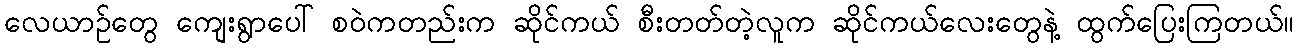
လေယာဉ်တွေ ကျေးရွာပေါ် စဝဲကတည်းက ဆိုင်ကယ် စီးတတ်တဲ့လူက ဆိုင်ကယ်လေးတွေနဲ့ ထွက်ပြေးကြတယ်။